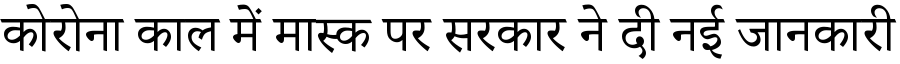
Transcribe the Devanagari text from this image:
कोरोना काल में मास्क पर सरकार ने दी नई जानकारी